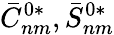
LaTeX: \bar{C}_{nm}^{0*},\bar{S}_{nm}^{0*}